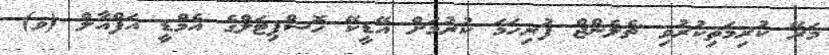
މަރޭ ކުރިމަތިކުރުވި ޗެލެންޖް ފުރިހަމަ ކުރުމަށް އޭޑީކޭ ހޮސްޕިޓަލްގެ އެމްޑީ އަފްއާލް (ވ)